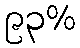
၉၃%